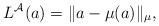
LaTeX: \begin{gather*}L^{\mathcal A}(a)=\|a-\mu(a)\|_\mu,\end{gather*}